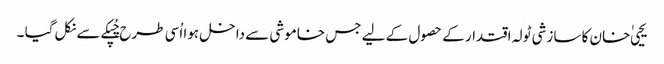
یحیی ٰ خان کا سازشی ٹولہ اقتدار کے حصول کے لیے جس خاموشی سے داخل ہوا اُسی طرح چُپکے سے نکل گیا ۔